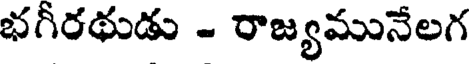
భగీరథుడు - రాజ్యమునేలగ